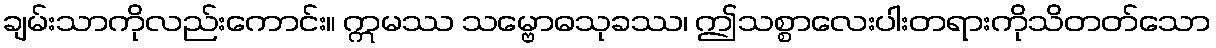
ချမ်းသာကိုလည်းကောင်း။ ဣမဿ သမ္ဗောဓသုခဿ၊ ဤသစ္စာလေးပါးတရားကိုသိတတ်သော